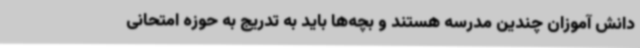
دانش آموزان چندین مدرسه هستند و بچه‌ها باید به تدریج به حوزه امتحانی